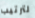
لترتيب